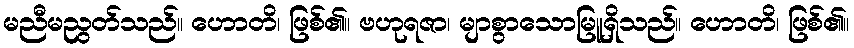
မညီမညွတ်သည်။ ဟောတိ၊ ဖြစ်၏။ ဗဟုရဇာ၊ မျာစွာသောမြူရှိသည်။ ဟောတိ၊ ဖြစ်၏။